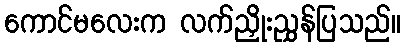
ကောင်မလေးက လက်ညှိုးညွှန်ပြသည်။